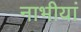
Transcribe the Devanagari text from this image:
नाभीयां